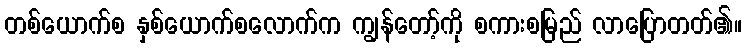
တစ်ယောက်စ နှစ်ယောက်စလောက်က ကျွန်တော့်ကို စကားစမြည် လာပြောတတ်၏။